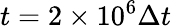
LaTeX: t=2\times 10^{6}\Delta t